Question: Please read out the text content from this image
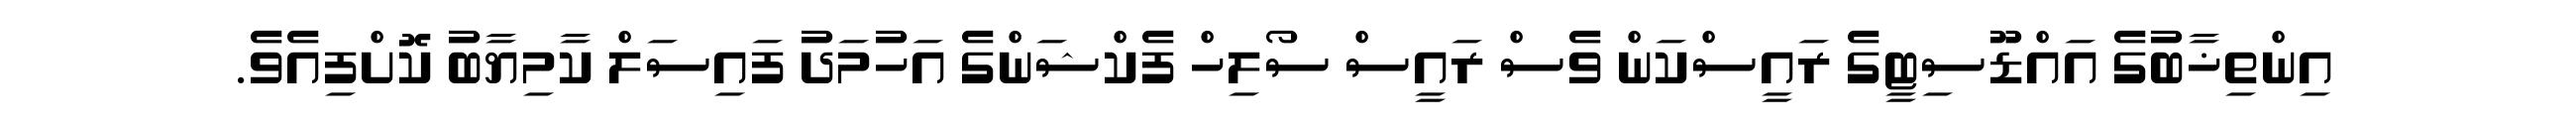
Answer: އިންތިޚާބުގެ އައްޑޫސިޓީގެ ރައީސްކަން ވެސް ރައީސް ސޯލިހް ފެކްޝަންގެ އަހުމަދު ފައިސަލް ކާމިޔާބު ކޮށްފިއެވެ.